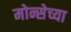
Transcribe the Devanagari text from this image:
मोन्सेच्या